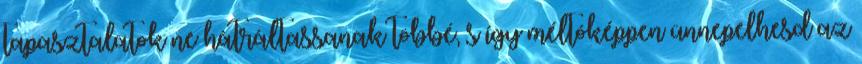
tapasztalatok ne hátráltassanak többé, s így méltóképpen ünnepelhesd az